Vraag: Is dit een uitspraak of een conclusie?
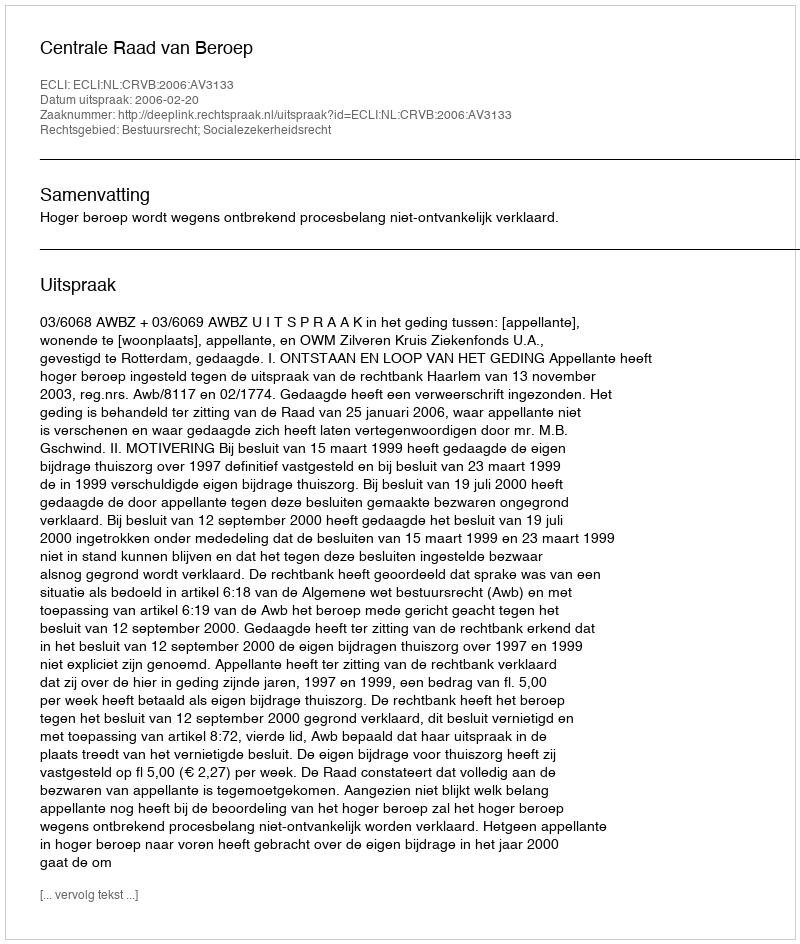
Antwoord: Uitspraak